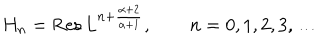
H _ { n } = \mathrm { R e s } \, L ^ { n + { \frac { \alpha + 2 } { \alpha + 1 } } } , \qquad n = 0 , 1 , 2 , 3 , \dots